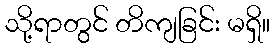
သို့ရာတွင် တိကျခြင်း မရှိ။